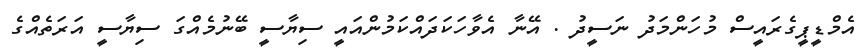
އެމްޑީޕީގެރައީސް މުހަންމަދު ނަސީދު . އޭނާ އެވާހަކަދައްކަމުންއައީ ސިޔާސީ ބޭނުމެއްގަ ސިޔާސީ އަރަތެއްގެ